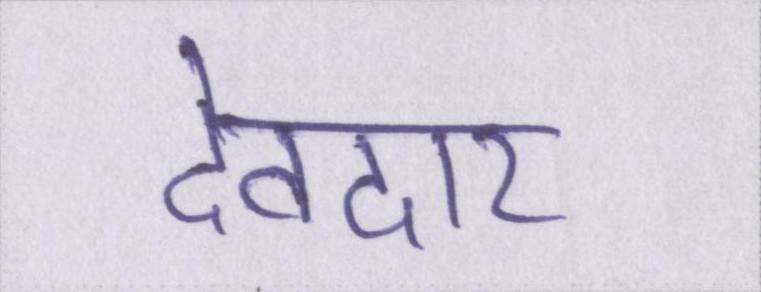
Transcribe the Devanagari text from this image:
देवदार